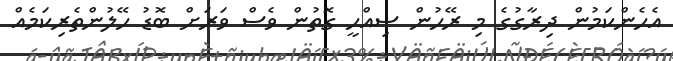
އެހެންކަމުން ދިރާގުގެ މި ރޭހުން ސިއްހީ ގޮތުން ވެސް ވަރަށް ބޮޑު ހޭލުންތެރިކަމެއް